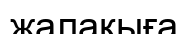
жалақыға